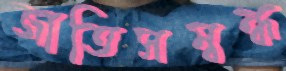
জাতিসম্বন্ধ